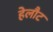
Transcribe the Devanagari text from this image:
हेलौट